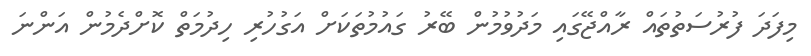
މިފަދަ ފުރުސަތުތައް ރާއްޖޭގައި މަދުވުމުން ބޭރު ގައުމުތަކަށް އަގުހުރި ހިދުމަތް ކޮށްދެމުން އަންނަ